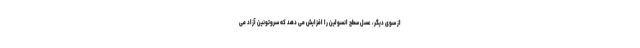
از سوی دیگر، عسل سطح انسولین را افزایش می دهد که سروتونین آزاد می